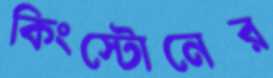
কিংস্টোনের